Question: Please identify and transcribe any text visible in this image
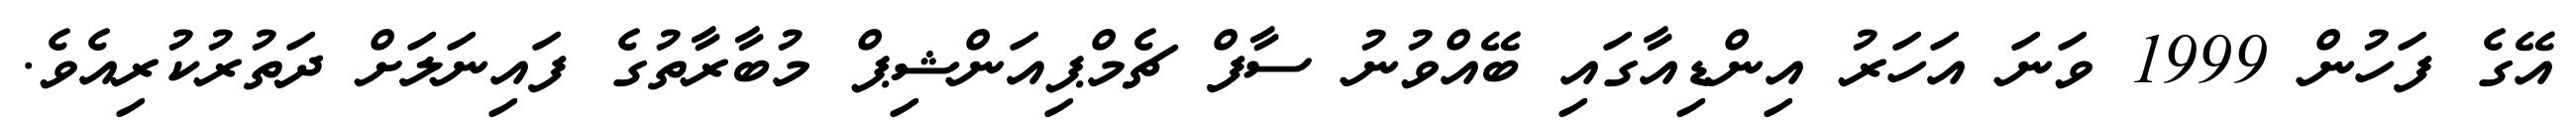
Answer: އޭގެ ފަހުން 1999 ވަނަ އަހަރު އިންޑިއާގައި ބޭއްވުނު ސާފް ޗެމްޕިއަންޝިޕް މުބާރާތުގެ ފައިނަލަށް ދަތުރުކުރިއެވެ.